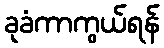
ခုခံကာကွယ်ရန်